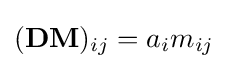
(\mathbf {DM} )_{ij}=a_{i}m_{ij}